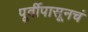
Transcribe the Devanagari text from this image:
पूर्वीपासूनचं